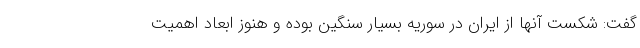
گفت: شکست آنها از ایران در سوریه بسیار سنگین بوده و هنوز ابعاد اهمیت